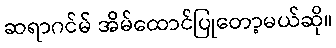
ဆရာဂင်မ် အိမ်ထောင်ပြုတော့မယ်ဆို။